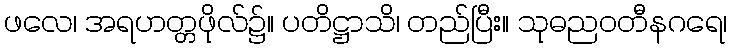
ဖလေ၊ အရဟတ္တဖိုလ်၌။ ပတိဋ္ဌာသိ၊ တည်ပြီး။ သုဓညဝတီနဂရေ၊